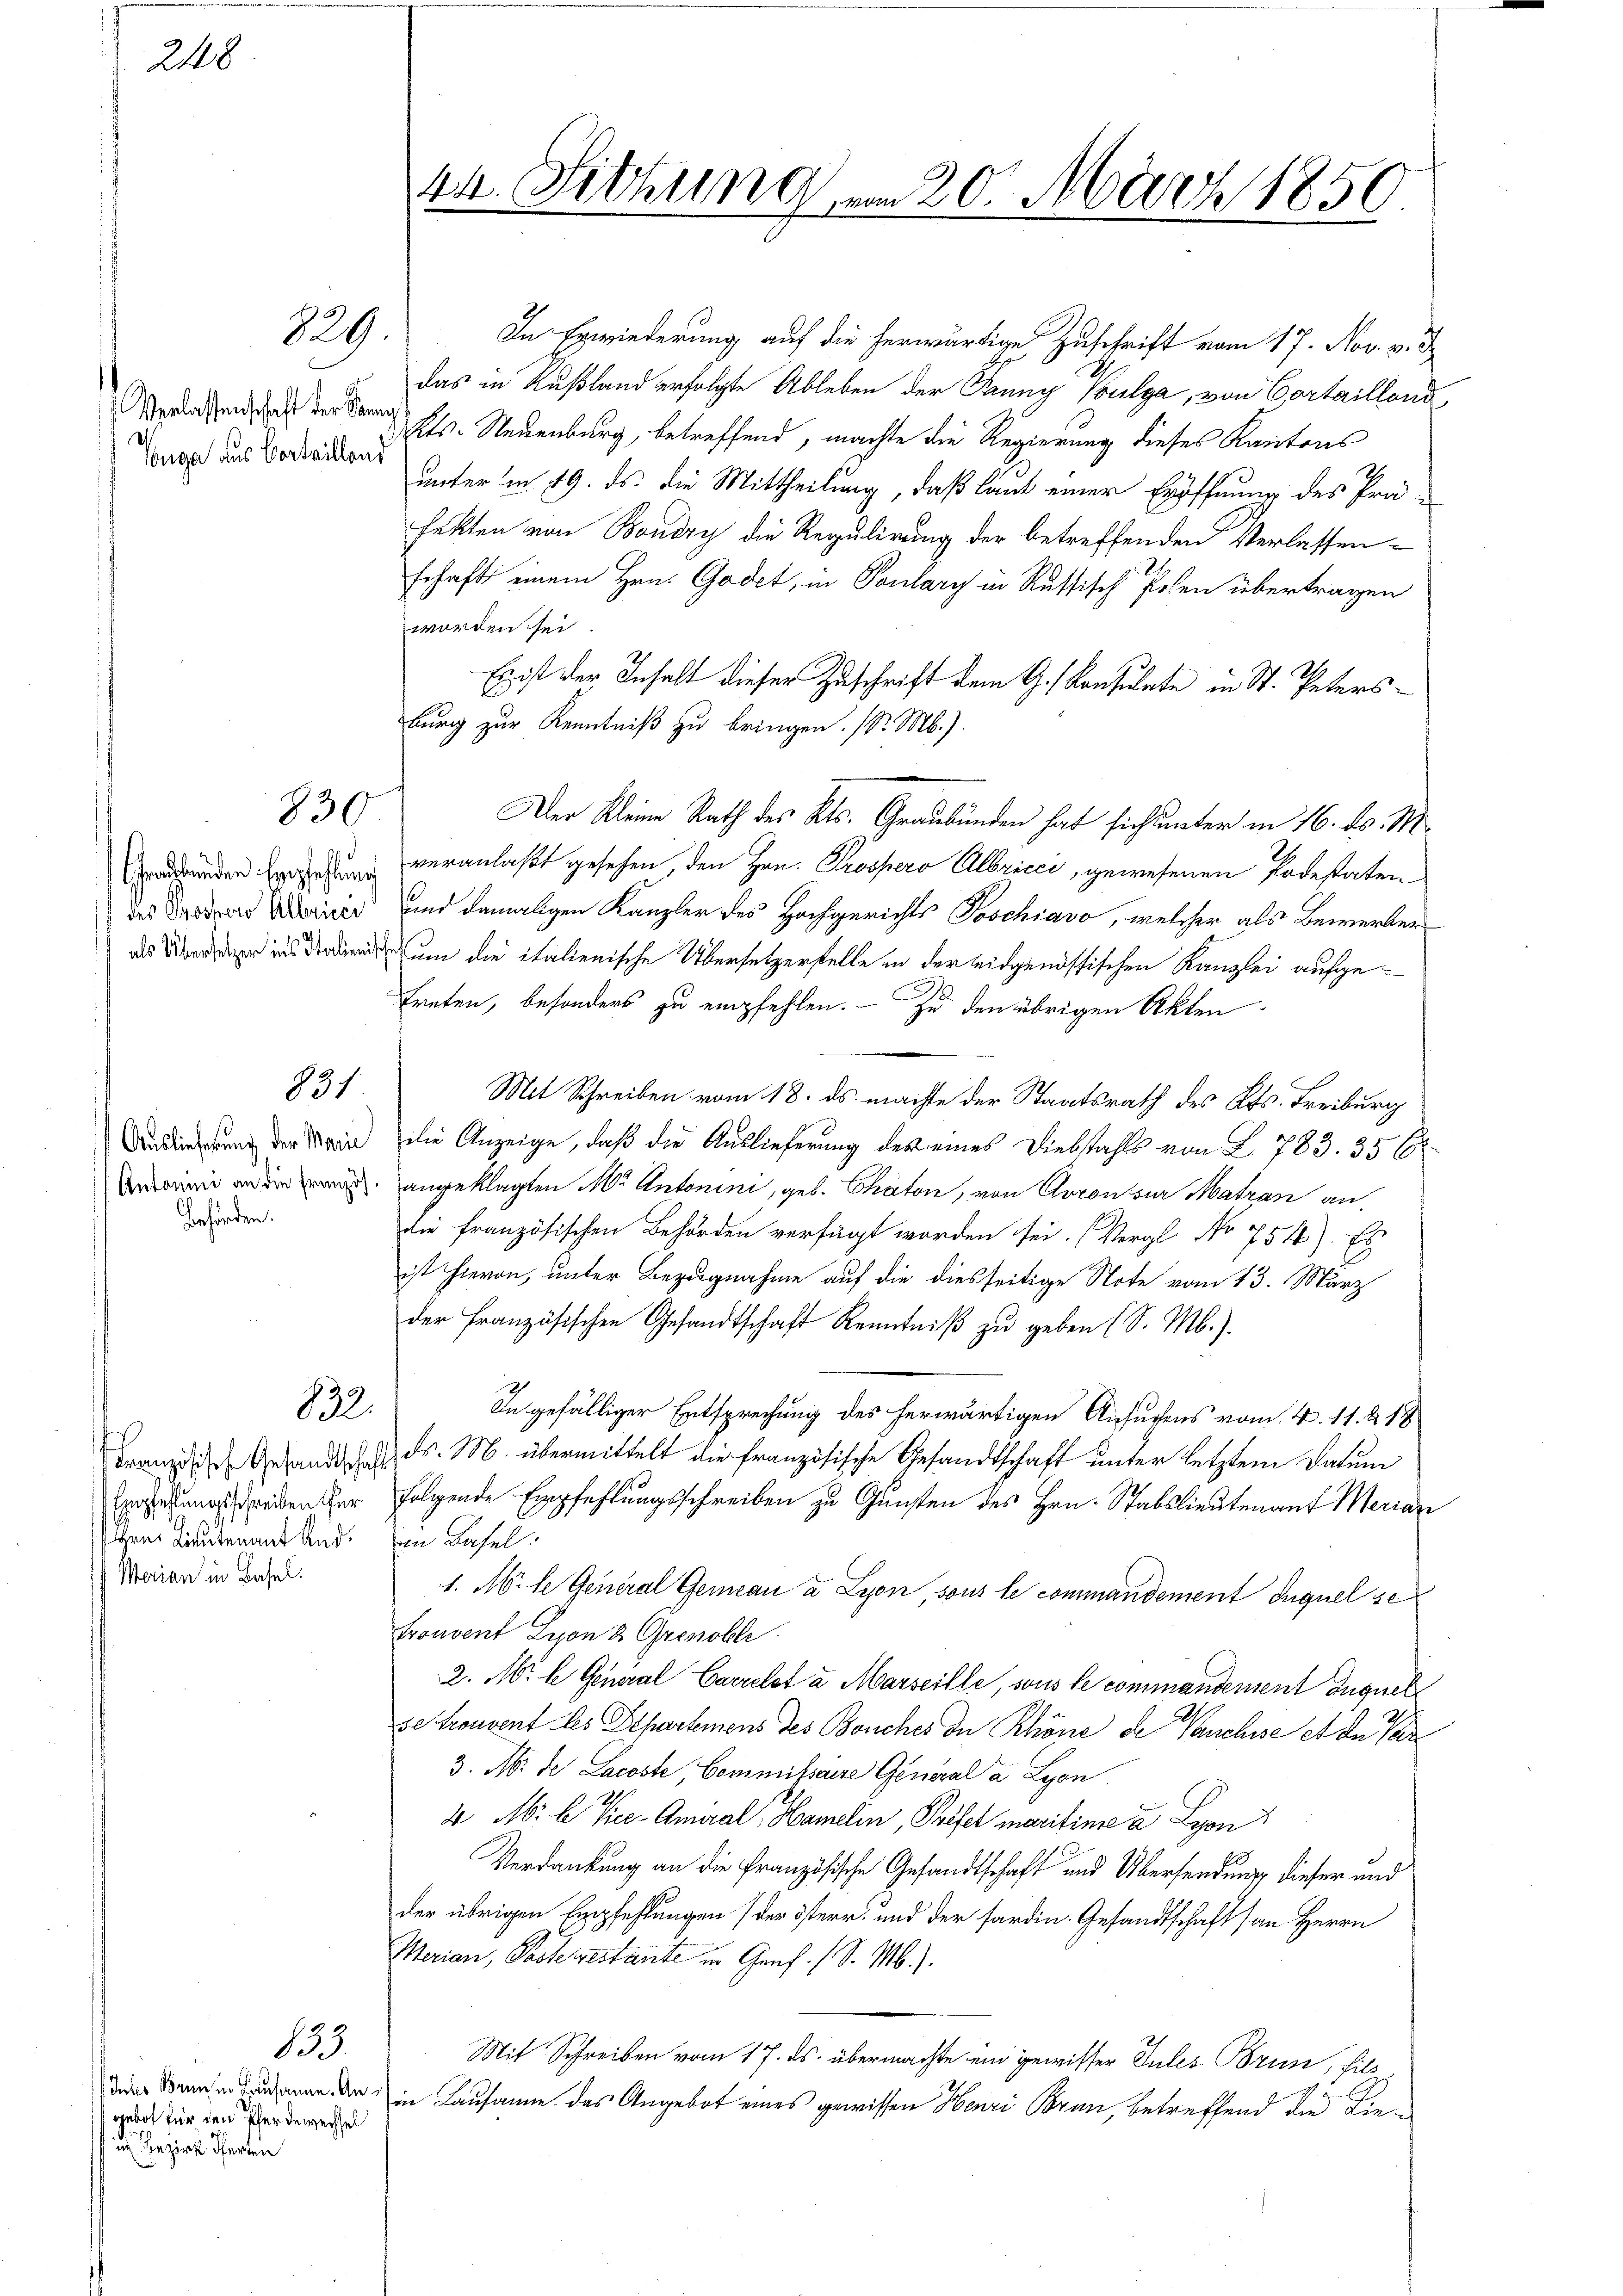
248

Verlassenschaft der Samm¬
Nuge aus Vorteilland

829

830

Graubünden Empfehlung
des Grossero Albricer
als Übersetzer ins Stalien

831

Behörden.

132.

Hrn. Lieutenant And.
Merian in Basel.

133.
gebot für den Pferdewechsel
in Bezirk Pferden

In Erwiederung auf die herwärtige Zuschrift vom 17. Nov. v. d
das in Rußland erfolgte Ableben der Fanny Vulga, von Cortaillons,
fts. Neuenburg, betreffend, machte die Regierung dieses Kantons
unter in 19. ds. die Mittheilung, daß laut einer Eröffnung des Präfekten von Boudry die Regulirung der betreffenden Verlassenschaft einem Hrn. Godet, in Paulary in Russisch Posen übertragen
worden sei.
Es ist der Inhalt dieser Zuschrift dem G. Konsulate in St. Peters
burg zur Kenntniß zu bringen. (Dr. Mb.).
Der Kleine Rath des Kts. Graubünden hat sich unter in 16. ds. M
veranlaßt gesehen, den Hrn. Prospero Albricci, gewesenen Podestaten
 und damaligen Kanzler des Hochgerichts Poschiavo, welcher als Bewerber
dum die italienische Übersetzerstelle in der eidgenössischen Kanzlei aufgetreten, besonders zu empfehlen. — Zu den übrigen Akten
Mit Schreiben vom 18. ds. machte der Staatsrath des Kts. Freiburg
Audierung der Marie die Anzeige, daß die Auslieferung des eines Diebstahls von § 783. 356
 angeklagten M. Antonini, geb. Chaten, von Coronsur Matran an,
die französischen Behörden verfügt worden sei. (Vergl. No 754). Es
ist hievon, unter Bezugnahme auf die diesseitige Note vom 13. März
der Französischen Gesandtschaft Kenntniβ zŭ geben (S. M.).
In gefälliger Entsprechung des herwärtigen Ansuchens vom 4. 11. 218
Franz. Gesandtschaft d. M. übermittelt die französische Gesandtschaft unter letztem Datum
Vereitung reden er folgende Empfehlungsschreiben zu Gunsten des Hrn. Stabslieuten auf Merian
in Basel
1. M. le General Gemein a Lyon, sous le commandement duquel se
trouvent Lyon & Grenobli
2. M. h. General Carrelat a Marseille, sous le commandement Iuquel
se trouvent les Departemens des Bouches in Rhöne de Vanchise et der Par¬
3. No. der Lacoste, Commissaire General a Lyon
4 M. l. Vice-Ameral Hamelin, Prefel marifinie u Lyon
Verdankung an die Französische Gesandtschaft und Übersendung dieser und
der übrigen Empfehlungen (der österr. und der fardin. Gesandtschaft an Herrn
Merian, Pasteigestante in Genf. (S. M.).
Mit Schreiben vom 17. ds. übermachte ein gewisser Sules Brun, hils
die Bennen und anne den in Lausanne das Angebot eines gewissen Henri Bran, betreffend die Lie¬

44. Sitzung
J

vom 20. März 1850.